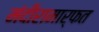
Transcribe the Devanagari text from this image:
मंदीरामार्फत